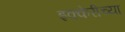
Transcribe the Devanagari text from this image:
इक्केरीच्या